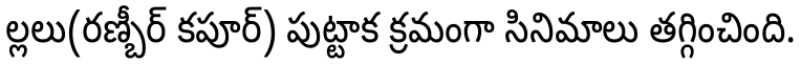
ల్లలు(రణ్బీర్ కపూర్) పుట్టాక క్రమంగా సినిమాలు తగ్గించింది.